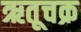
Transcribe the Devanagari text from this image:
ऋतूचक्र